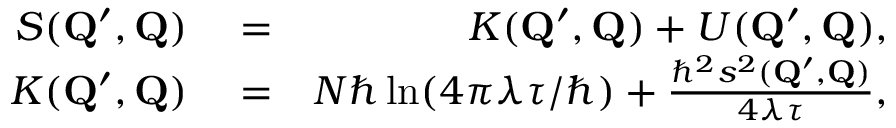
\begin{array} { r l r } { S ( \mathbf { Q } ^ { \prime } , \mathbf { Q } ) } & { { } = } & { K ( \mathbf { Q } ^ { \prime } , \mathbf { Q } ) + U ( \mathbf { Q } ^ { \prime } , \mathbf { Q } ) , } \\ { K ( \mathbf { Q } ^ { \prime } , \mathbf { Q } ) } & { { } = } & { N \hbar \ln ( 4 \pi \lambda \tau / \hbar ) + \frac { \hbar ^ { 2 } s ^ { 2 } ( \mathbf { Q } ^ { \prime } , \mathbf { Q } ) } { 4 \lambda \tau } , } \end{array}